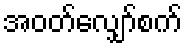
အဝတ်လျှော်စက်